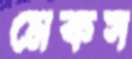
মেকস